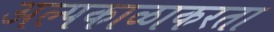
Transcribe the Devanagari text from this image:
अल्पकाळाकरता